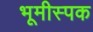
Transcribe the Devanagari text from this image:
भूमीस्पक